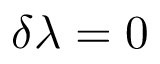
\delta \lambda = 0